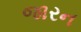
જારન